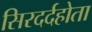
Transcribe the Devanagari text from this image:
सिरदर्दहोता